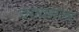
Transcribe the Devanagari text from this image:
दरायसला